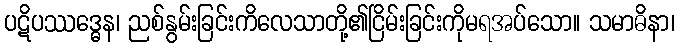
ပဋိပဿဒ္ဓေန၊ ညစ်နွမ်းခြင်းကိလေသာတို့၏ငြိမ်းခြင်းကိုမရအပ်သော။ သမာဓိနာ၊